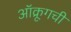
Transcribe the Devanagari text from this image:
ऑक्रूगची